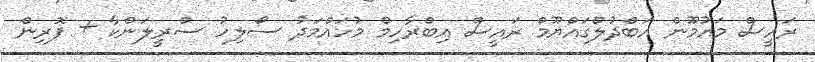
ރައީސް މައުމޫން އަބްދުލްގައްޔޫމް ރައީސް އިބްރާހިމް މުހައްމަދު ސޯލިހު ސްރީލަންކާ + ފޮރިން